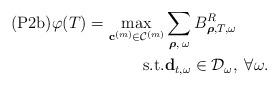
LaTeX: \begin{align*}\begin{aligned} \textrm{(P2b)} \varphi (T) = \max_{\mathbf{c}^{(m)} \in \mathcal{C}^{(m)} } & \sum_{\boldsymbol{\rho}, \; \omega} B_{\boldsymbol{\rho}, T, \omega}^R \\\textrm{s.t.} & \mathbf{d}_{t,\omega} \in \mathcal{D}_{\omega}, \; \forall \omega. \\ \end{aligned}\end{align*}